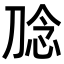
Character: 𭃮